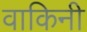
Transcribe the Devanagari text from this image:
वाकिनी